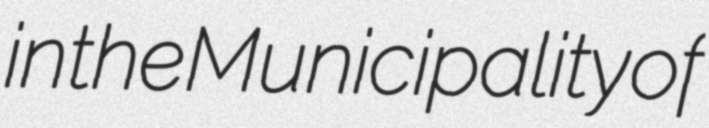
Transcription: in the Municipality of